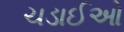
ચડાઈઓ